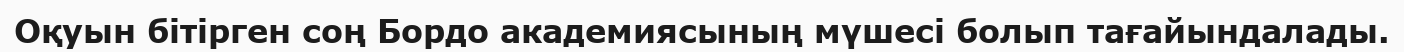
Оқуын бітірген соң Бордо академиясының мүшесі болып тағайындалады.